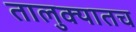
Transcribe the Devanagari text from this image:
तालुक्यातच